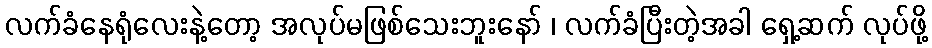
လက်ခံနေရုံလေးနဲ့တော့ အလုပ်မဖြစ်သေးဘူးနော် ၊ လက်ခံပြီးတဲ့အခါ ရှေ့ဆက် လုပ်ဖို့